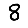
Digit: 8